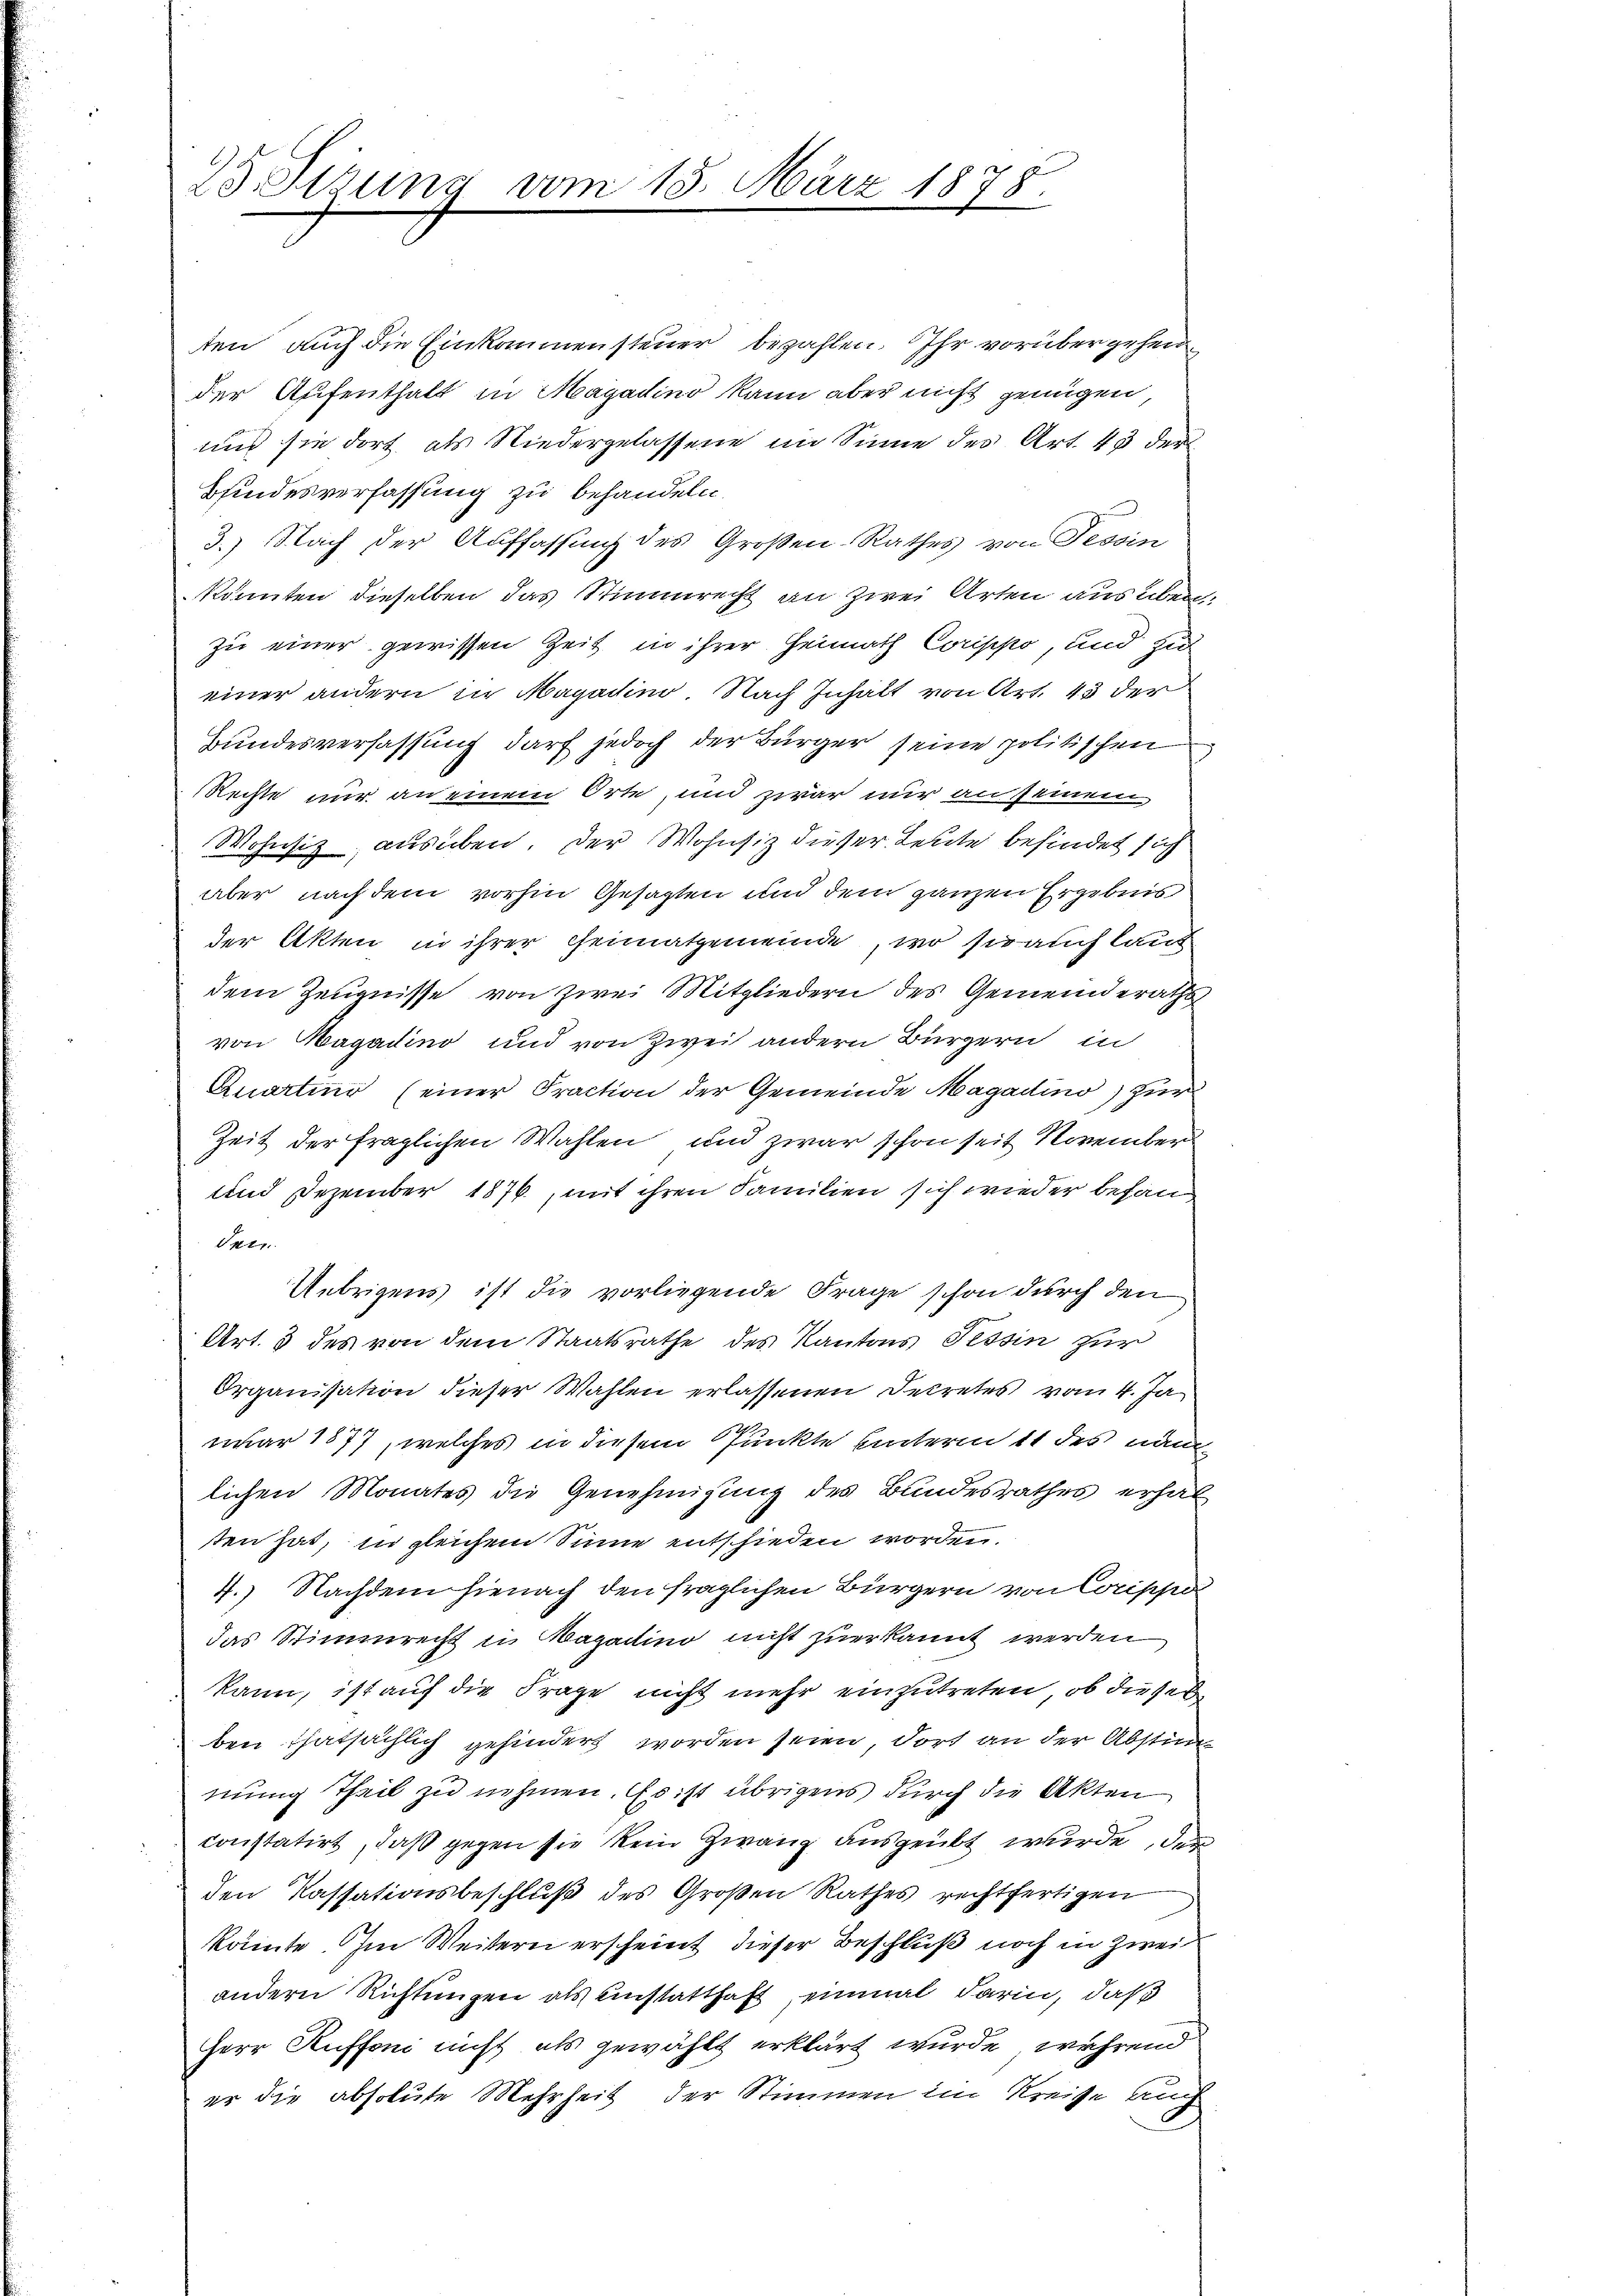
23. Sizung vom 15. März 1878.

ten auch die Einkommensteuer bezahlen. Ihr vorübergehen
der Aufenthalt in Magadino kann aber nicht genügen,
und sie dort als Niedergelassene im Sinne der Art. 43 der
Bindesverfassung zu behandeln.
3.) Nach der Auffassung des Großen-Rathes von Tessin
könnten dieselben das Stimmrecht an zwei Arten aus über
zu einer gewissen Zeit in ihrer Heimath Corippo, und zu
einer andern in Magadin Nach Inhalt von Art. 43 der
Bundesverfassung darf jedoch der Bürger seine politischen
Rechte nur an einem Orte, und zwar nur an seinem
Wohnsiz, ausüben. Der Wohnsiz dieser Leute befindet sich
aber nachdem vorhin Gesagten und dem ganzen Ergebnis
der Akten in ihrer Heimatgemeinde, wo sie auch laut
dem Zeugnisse von zwei Mitgliedern des Gemeinderaths
von Magadino und von Zwei andern Bürgern in
Quartier (einer Praction der Gemeinde Magadino) zur
Zeit der fraglichen Wahlen und zwar schon seit November
und Dezember 1876, mit ihren Familien sich wieder befan¬
Tern
Uebrigens ist die vorliegende Frage schon durch den
Art. 3 des von dem Staatsrathe des Kantons Tessin zur
Organisation dieser Wahlen erlassenen Dekretes vom 4. Ja
nuar 1877, welches in diesem Punkte unterm 11 des näm
lichen Monates die Genehmigung des Bundesrathes erhal
sten hat, zu gleichem Sinne entschieden worden.
4.) Nachdem hienach den fraglichen Bürgern von Coripper
das Stimmrecht in Magadino nicht zuerkannt werden
kann, ist auf die Frage nicht mehr einzutreten, ob dieses
ben thatsächlich gehindert worden seien, dort an der Abstimmung Theil zu nehmen. Es ist übrigens durch die Akten
constatirt, daß gegen sie kein Zwang ausgeübt wurde, der
den Kassationsbeschluß des Großen Rathes rechtfertigen
könnte. Im Weitern erscheint dieser Beschluß noch in Zweiandern Richtungen als einstatthaft, einmal darin, daß
Herr Auffoni nicht als gewählt erklärt wurde, während
er die absolute Mehrheit der Stimmen im Kreise auch